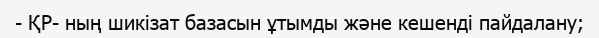
- ҚР- ның шикізат базасын ұтымды және кешенді пайдалану;